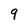
Character: 9